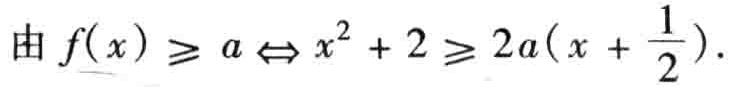
由 \(f(x)\geq a\Leftrightarrow x^{2}+2\geq 2a(x + \frac{1}{x})\).